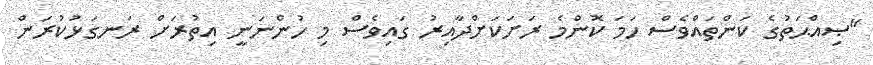
"ޞިއްޙަތުގެ ކަންތައްވެސް ހަމަ ކޮންމެ ރަށަކަށްދާއިރު ގައިވެސް މި ހުންނަނީ އިތުރަށް ރަނގަޅުކުރަން